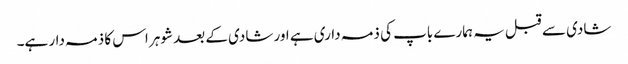
شادی سے قبل یہ ہمارے باپ کی ذمہ داری ہے اور شادی کے بعد شوہر اس کا ذمہ دار ہے۔